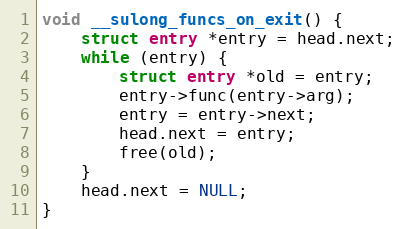
Language: C
void __sulong_funcs_on_exit() {
    struct entry *entry = head.next;
    while (entry) {
        struct entry *old = entry;
        entry->func(entry->arg);
        entry = entry->next;
        head.next = entry;
        free(old);
    }
    head.next = NULL;
}